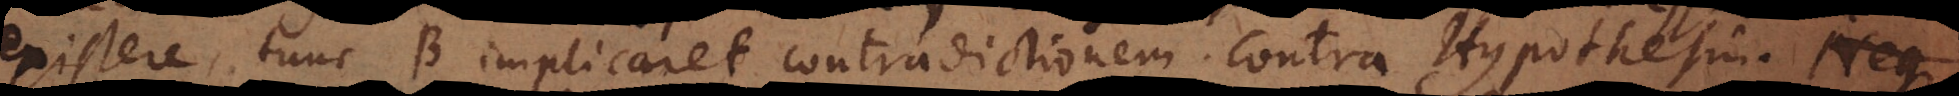
existere, tunc B implicaret contradictionem contra Hypothesin.